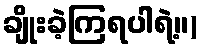
ချိုးခဲ့ကြရပါရဲ့။)